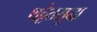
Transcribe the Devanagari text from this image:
थट्टेतसुद्धा